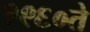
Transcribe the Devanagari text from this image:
१९६०ते